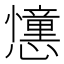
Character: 𢤤